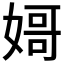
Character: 𡟵